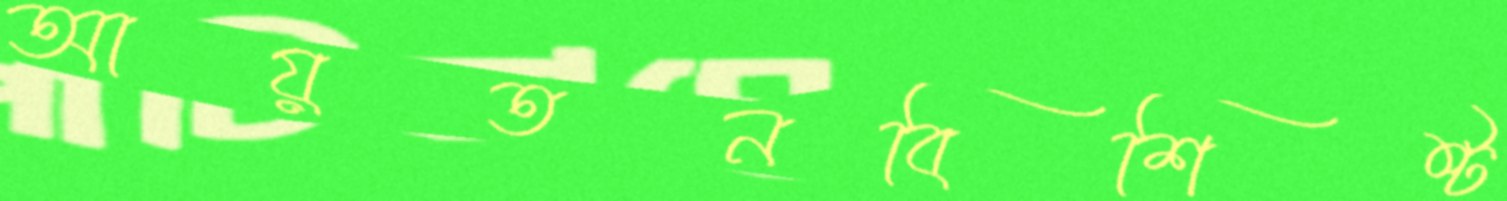
আয়তনবিশিষ্ট